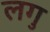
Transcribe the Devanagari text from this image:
लगु